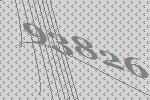
93826